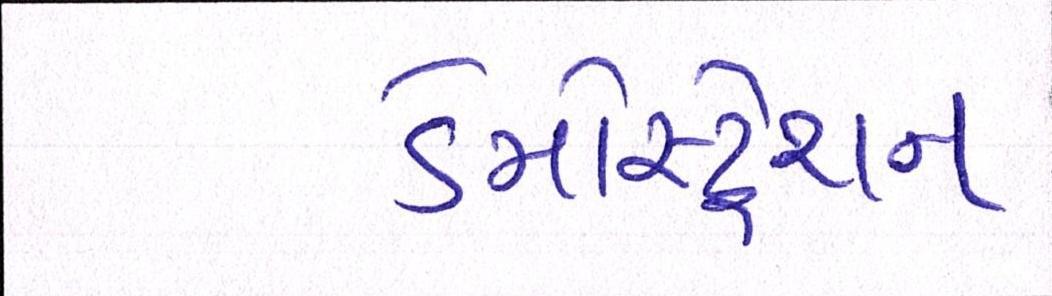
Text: ડેમોસ્ટ્રેશન